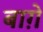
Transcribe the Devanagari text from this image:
बाग़े